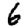
Digit: 6